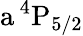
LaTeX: \mathrm{a\, ^{4}P_{5/2}}